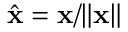
\hat { \mathbf { x } } = \mathbf { x } / \| \mathbf { x } \|